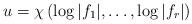
LaTeX: \begin{align*}u=\chi\left(\log|f_1|,\ldots,\log|f_r|\right)\end{align*}